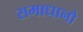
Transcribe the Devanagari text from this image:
समाधानो